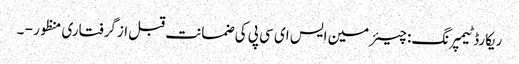
ریکارڈ ٹیمپرنگ: چیئرمین ایس ای سی پی کی ضمانت قبل ازگرفتاری منظور - ۔